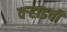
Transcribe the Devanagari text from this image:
वऱ्हाडची